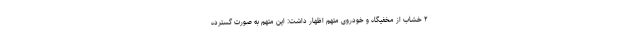
۲ خشاب از مخفیگاه و خودروی متهم اظهار داشت: این متهم به صورت گسترده